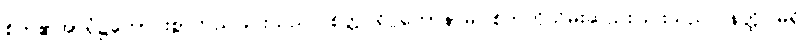
စိတ်၏အာရုံ၌ကောင်းစွာတည်ခြင်းသည်။ စိတ္တပရိဂ္ဂဟောနာမ၊ စိတ်ကိုသိမ်းဆည်းခြင်းသည်။ နတ္ထိ၊ မရှိ။